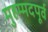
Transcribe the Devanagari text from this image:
मुहम्मदपूर्व